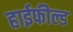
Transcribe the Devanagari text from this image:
हाईफील्ड